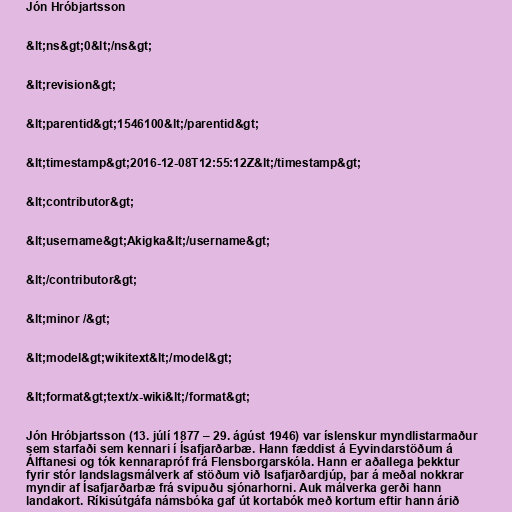
Jón Hróbjartsson

&lt;ns&gt;0&lt;/ns&gt;

&lt;revision&gt;

&lt;parentid&gt;1546100&lt;/parentid&gt;

&lt;timestamp&gt;2016-12-08T12:55:12Z&lt;/timestamp&gt;

&lt;contributor&gt;

&lt;username&gt;Akigka&lt;/username&gt;

&lt;/contributor&gt;

&lt;minor /&gt;

&lt;model&gt;wikitext&lt;/model&gt;

&lt;format&gt;text/x-wiki&lt;/format&gt;

Jón Hróbjartsson (13. júlí 1877 – 29. ágúst 1946) var íslenskur myndlistarmaður
sem starfaði sem kennari í Ísafjarðarbæ. Hann fæddist á Eyvindarstöðum á
Álftanesi og tók kennarapróf frá Flensborgarskóla. Hann er aðallega þekktur
fyrir stór landslagsmálverk af stöðum við Ísafjarðardjúp, þar á meðal nokkrar
myndir af Ísafjarðarbæ frá svipuðu sjónarhorni. Auk málverka gerði hann
landakort. Ríkisútgáfa námsbóka gaf út kortabók með kortum eftir hann árið